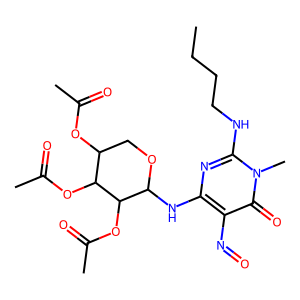
SMILES: CCCCNc1nc(NC2OCC(OC(C)=O)C(OC(C)=O)C2OC(C)=O)c(N=O)c(=O)n1C
Inhibits HIV replication: No